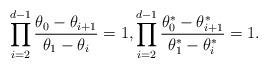
LaTeX: \begin{align*}\prod^{d-1}_{i=2} \frac{\theta_0 - \theta_{i+1}}{\theta_1-\theta_i}=1,\prod^{d-1}_{i=2} \frac{\theta^*_0 - \theta^*_{i+1}}{\theta^*_1-\theta^*_i}=1.\end{align*}